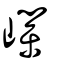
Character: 嶫